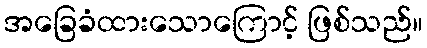
အခြေခံထားသောကြောင့် ဖြစ်သည်။